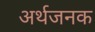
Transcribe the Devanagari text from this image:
अर्थजनक